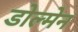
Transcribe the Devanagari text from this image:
डोल्मेन